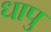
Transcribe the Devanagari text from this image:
धापु